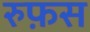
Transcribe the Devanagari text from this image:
रुफ़स